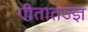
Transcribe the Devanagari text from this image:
गीतातज्ज्ञ